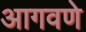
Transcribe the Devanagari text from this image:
आगवणे